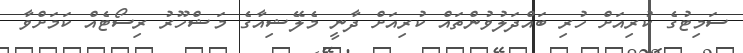
ސަމިޓުގެ ކުރިއަށް ހުރި ބައްދަލުވުންތައް ކުރިއަށް ދާނީ މެލޭޝިއާގެ މަޝްހޫރު ރިސޯޓެއް ކަމަށްވާ